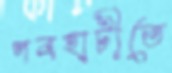
পবহাটীতে